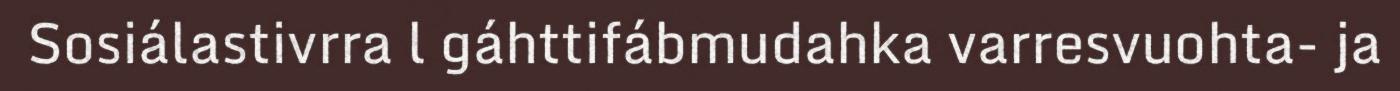
Sosiálastivrra l gáhttifábmudahka varresvuohta- ja